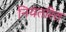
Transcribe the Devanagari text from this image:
नियंतरित